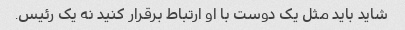
شاید باید مثل یک دوست با او ارتباط برقرار کنید نه یک رئیس.